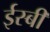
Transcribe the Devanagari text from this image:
ईस्बी